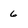
Character: 6